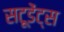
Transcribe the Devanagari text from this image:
सटूडेंट्स